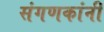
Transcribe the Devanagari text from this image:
संगणकांनी